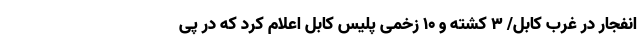
انفجار در غرب کابل/ ۳ کشته و ۱۰ زخمی پلیس کابل اعلام کرد که در پی